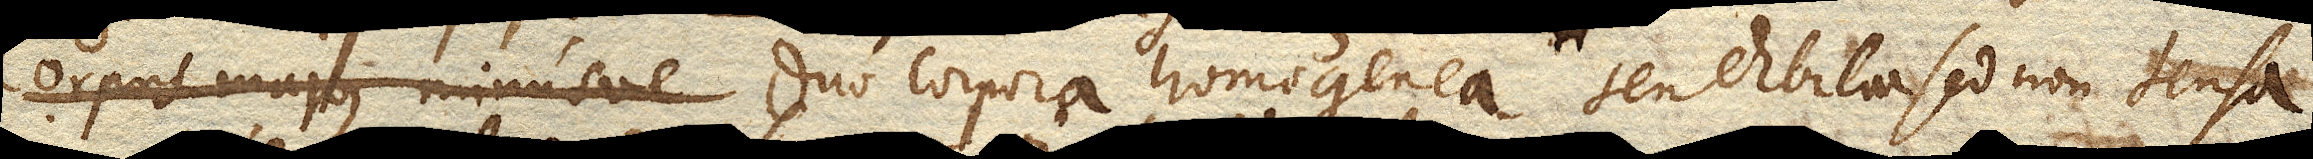
corpora homogenea tendibilia sed non tensa